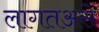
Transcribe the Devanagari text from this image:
लागतअसे